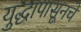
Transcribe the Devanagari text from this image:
युद्धापासूनचे